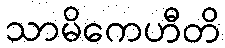
သာမိကေဟီတိ